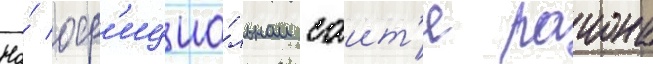
На́ оф'ициа́льном саит'е раиона